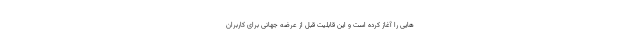
هایی را آغاز کرده است و این قابلیت قبل از عرضه جهانی برای کاربران